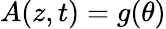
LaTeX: A(z,t)=g(\theta)